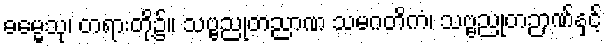
ဓမ္မေသု၊ တရားတို့၌။ သဗ္ဗညုတညာဏ သမဂတိကံ၊ သဗ္ဗညုတဉာဏ်နှင့်